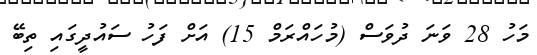
މަހު 28 ވަނަ ދުވަސް (މުހައްރަމް 15) އަށް ފަހު ސައުދީގައި ތިބޭ